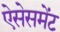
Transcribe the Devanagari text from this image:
ऐसेसमेंट